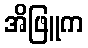
အိဖြူက